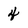
Character: 4